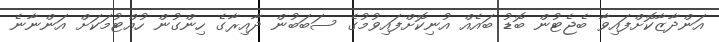
އަންދާޒާކޮށްފައިވާ ބެޖެޓުން ބޮޑު ބައެއް އުނިކޮށްފައިވުމުގެ ސަބަބުން ދާއިރާގެ ހިންގުން ހުއްޓުމަކަށް އަންނާނެ